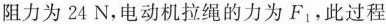
阻力为24N，电动机拉绳的力为F_{1}，此过程